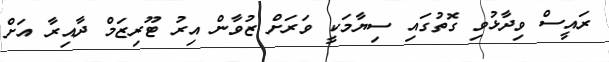
ރައީސް ވިދާޅުވި ގޮތުގައި ސިޔާމަކީ ވަރަށް ޒުވާން އިރު ޓޫރިޒަމް ދާއިރާ އަށް